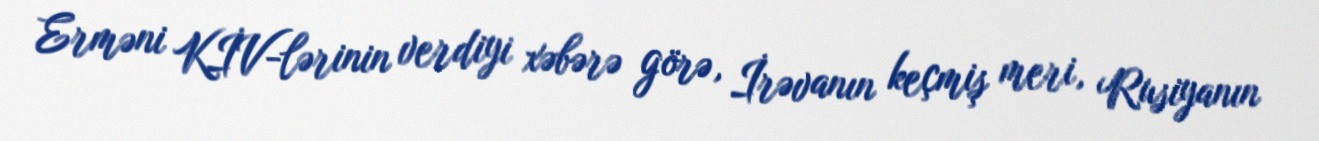
Erməni KİV-lərinin verdiyi xəbərə görə, İrəvanın keçmiş meri, Rusiyanın